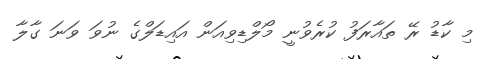
މި ކާޑު ރޭ ތައާރަފު ކުރެވުނީ މޯލްޑިވިއަން އައިޑަލްގެ ނުވަ ވަނަ ގާލާ